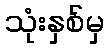
သုံးနှစ်မှ